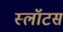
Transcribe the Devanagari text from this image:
स्लॉटस